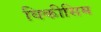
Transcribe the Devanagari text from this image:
विकीसिम